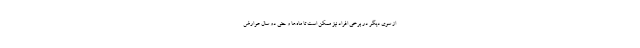
از سوی دیگر در برخی افراد نیز ممکن است تا ماه‌ها و حتی دو سال عوارض